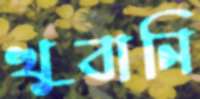
খুবানি